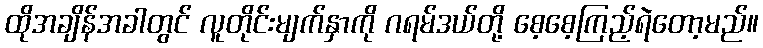
ထိုအချိန်အခါတွင် လူတိုင်းမျက်နှာကို ဂရမ်ဒယ်တို့ စေ့စေ့ကြည့်ရဲတော့မည်။